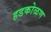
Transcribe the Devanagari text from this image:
हडकोळण